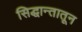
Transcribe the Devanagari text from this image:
सिद्धान्तातून